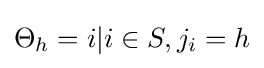
\Theta _{h}={i|i\in S,j_{i}=h}